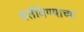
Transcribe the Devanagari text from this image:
वर्तविण्याच्या